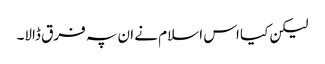
لیکن کیا اس اسلام نے ان پہ فرق ڈالا۔